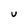
Character: u